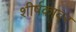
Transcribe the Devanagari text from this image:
शीर्षकावर